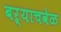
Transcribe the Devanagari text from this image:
बऱ्याचवेळ